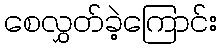
စေလွှတ်ခဲ့ကြောင်း